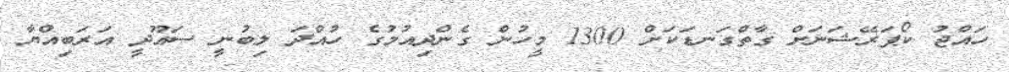
ހައްޖު ކޯޕަރޭޝަނަށް ގާތްގަނޑަކަށް 1300 މީހުން ގެންދިއުމުގެ ހުއްދަ ލިބުނީ ސައޫދީ އަރަބިއްޔާ